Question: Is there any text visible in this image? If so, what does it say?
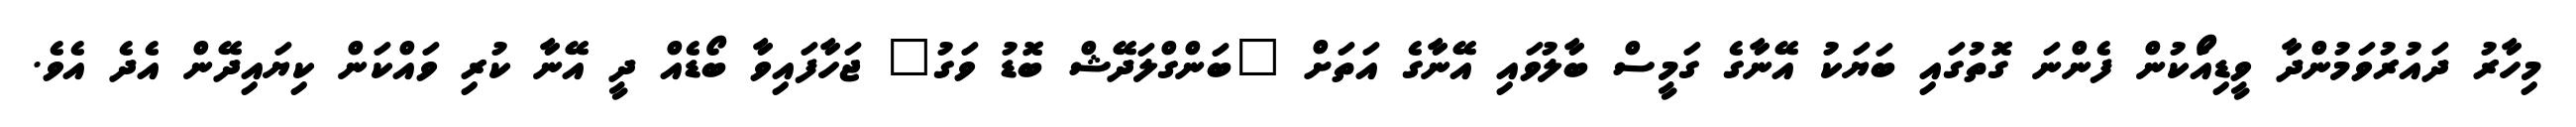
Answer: މިހާރު ދައުރުވަމުންދާ ވީޑިއޯަކުން ފެންނަ ގޮތުގައި ބަޔަކު އޭނާގެ ގަމީސް ބާލުވައި އޭނާގެ އަތަށް "ބަންގްލަދޭޝް ބޮޑު ވަގު" ޖަހާފައިވާ ބޯޑެއް ދީ އޭނާ ކުރި ވައްކަން ކިޔައިދޭން އެދެ އެވެ.